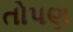
તોપણ